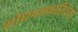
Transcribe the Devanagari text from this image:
शोधपत्रकारितेच्या